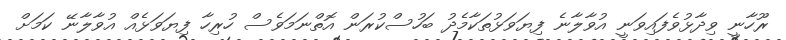
ރޫހާނީ ވިދާޅުވެފައިވަނީ އުވާލާނެ ފިޔަވަޅުތަކާމެދު ބަހުސްކުރަން އޮތްނަމަވެސް ހުރިހާ ފިޔަވަޅެއް އުވާލާނޭ ކަމަށް